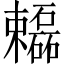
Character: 𬅓